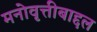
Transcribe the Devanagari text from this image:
मनोवृत्तीबाद्दल